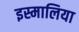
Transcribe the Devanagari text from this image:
इस्मालिया